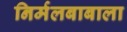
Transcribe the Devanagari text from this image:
निर्मलबाबाला